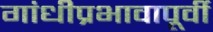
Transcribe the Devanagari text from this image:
गांधीप्रभावापूर्वी